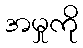
အမှုကို